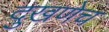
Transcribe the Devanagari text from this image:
दुखणेच